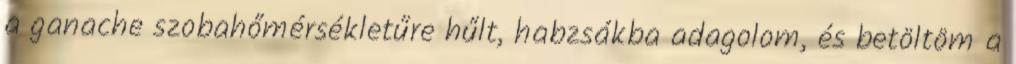
a ganache szobahőmérsékletűre hűlt, habzsákba adagolom, és betöltöm a